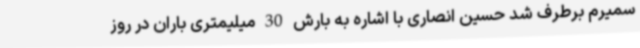
سمیرم برطرف شد حسین انصاری با اشاره به بارش 30 میلیمتری باران در روز